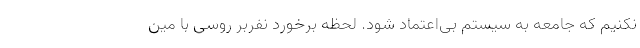
نکنیم که جامعه به سیستم بی‌اعتماد شود. لحظه برخورد نفربر روسی با مین